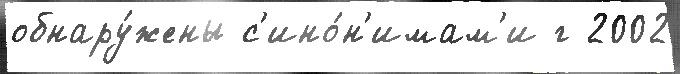
обнару́жены с'ино́н'имам'и г 2002